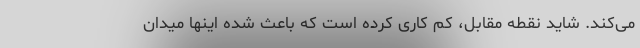
می‌کند. شاید نقطه مقابل، کم کاری کرده است که باعث شده اینها میدان